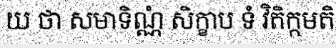
យ ថា សមាទិណ្ណំ សិក្ខាប ទំ វិតិក្កមតិ